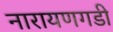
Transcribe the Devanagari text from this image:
नारायणगडी